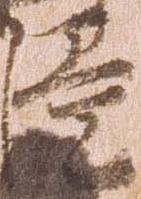
臣